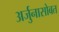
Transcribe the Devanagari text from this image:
अर्जुनासोबत